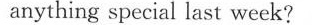
anything special last week?